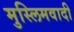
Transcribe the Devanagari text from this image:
मुस्लिमवादी